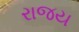
રાજય